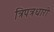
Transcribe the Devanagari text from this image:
त्रिपत्रधारी